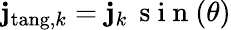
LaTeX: \mathbf{j}_{\mathrm{tang},k}=\mathbf{j}_{k}\, \mathrm{~s~i~n~}(\theta)